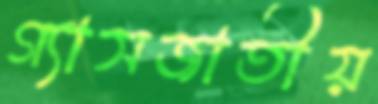
গ্যাসজাতীয়